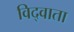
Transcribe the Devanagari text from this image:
विद्वाता